Annual report on the Civil Veterinary Department, Burma (including the Insein Veterinary School) - 1932-1941
Year: 1932
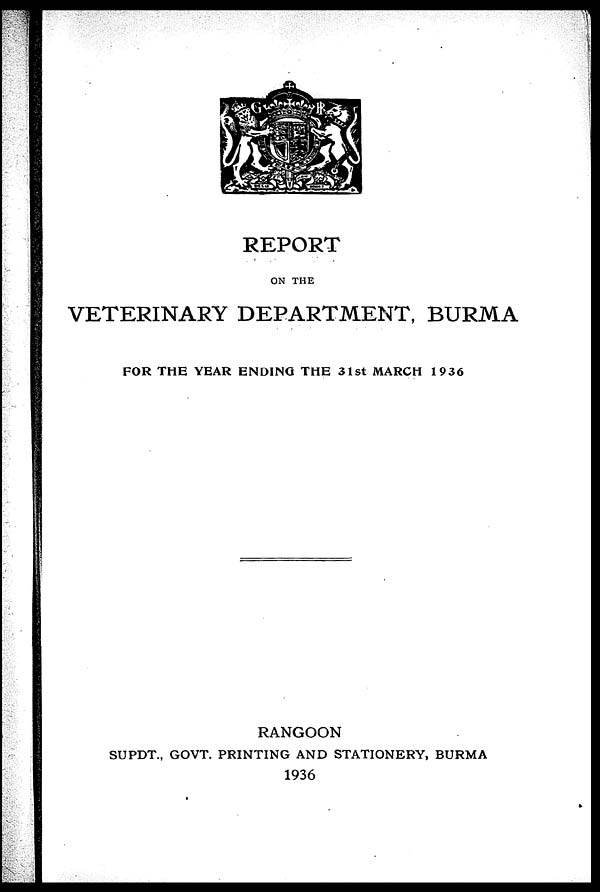
REPORT
ON THE
VETERINARY DEPARTMENT, BURMA
FOR THE YEAR ENDING THE 31st MARCH 1936
RANGOON
SUPDT., GOVT. PRINTING AND STATIONERY, BURMA
1936